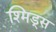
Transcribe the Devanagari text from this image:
श्मिड्स